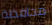
محافظة